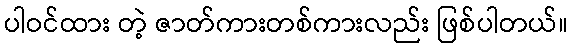
ပါဝင်ထား တဲ့ ဇာတ်ကားတစ်ကားလည်း ဖြစ်ပါတယ်။